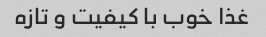
غذا خوب با کیفیت و تازه